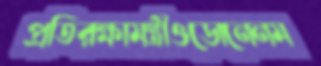
প্রতিরক্ষামন্ত্রীওডোনেনম